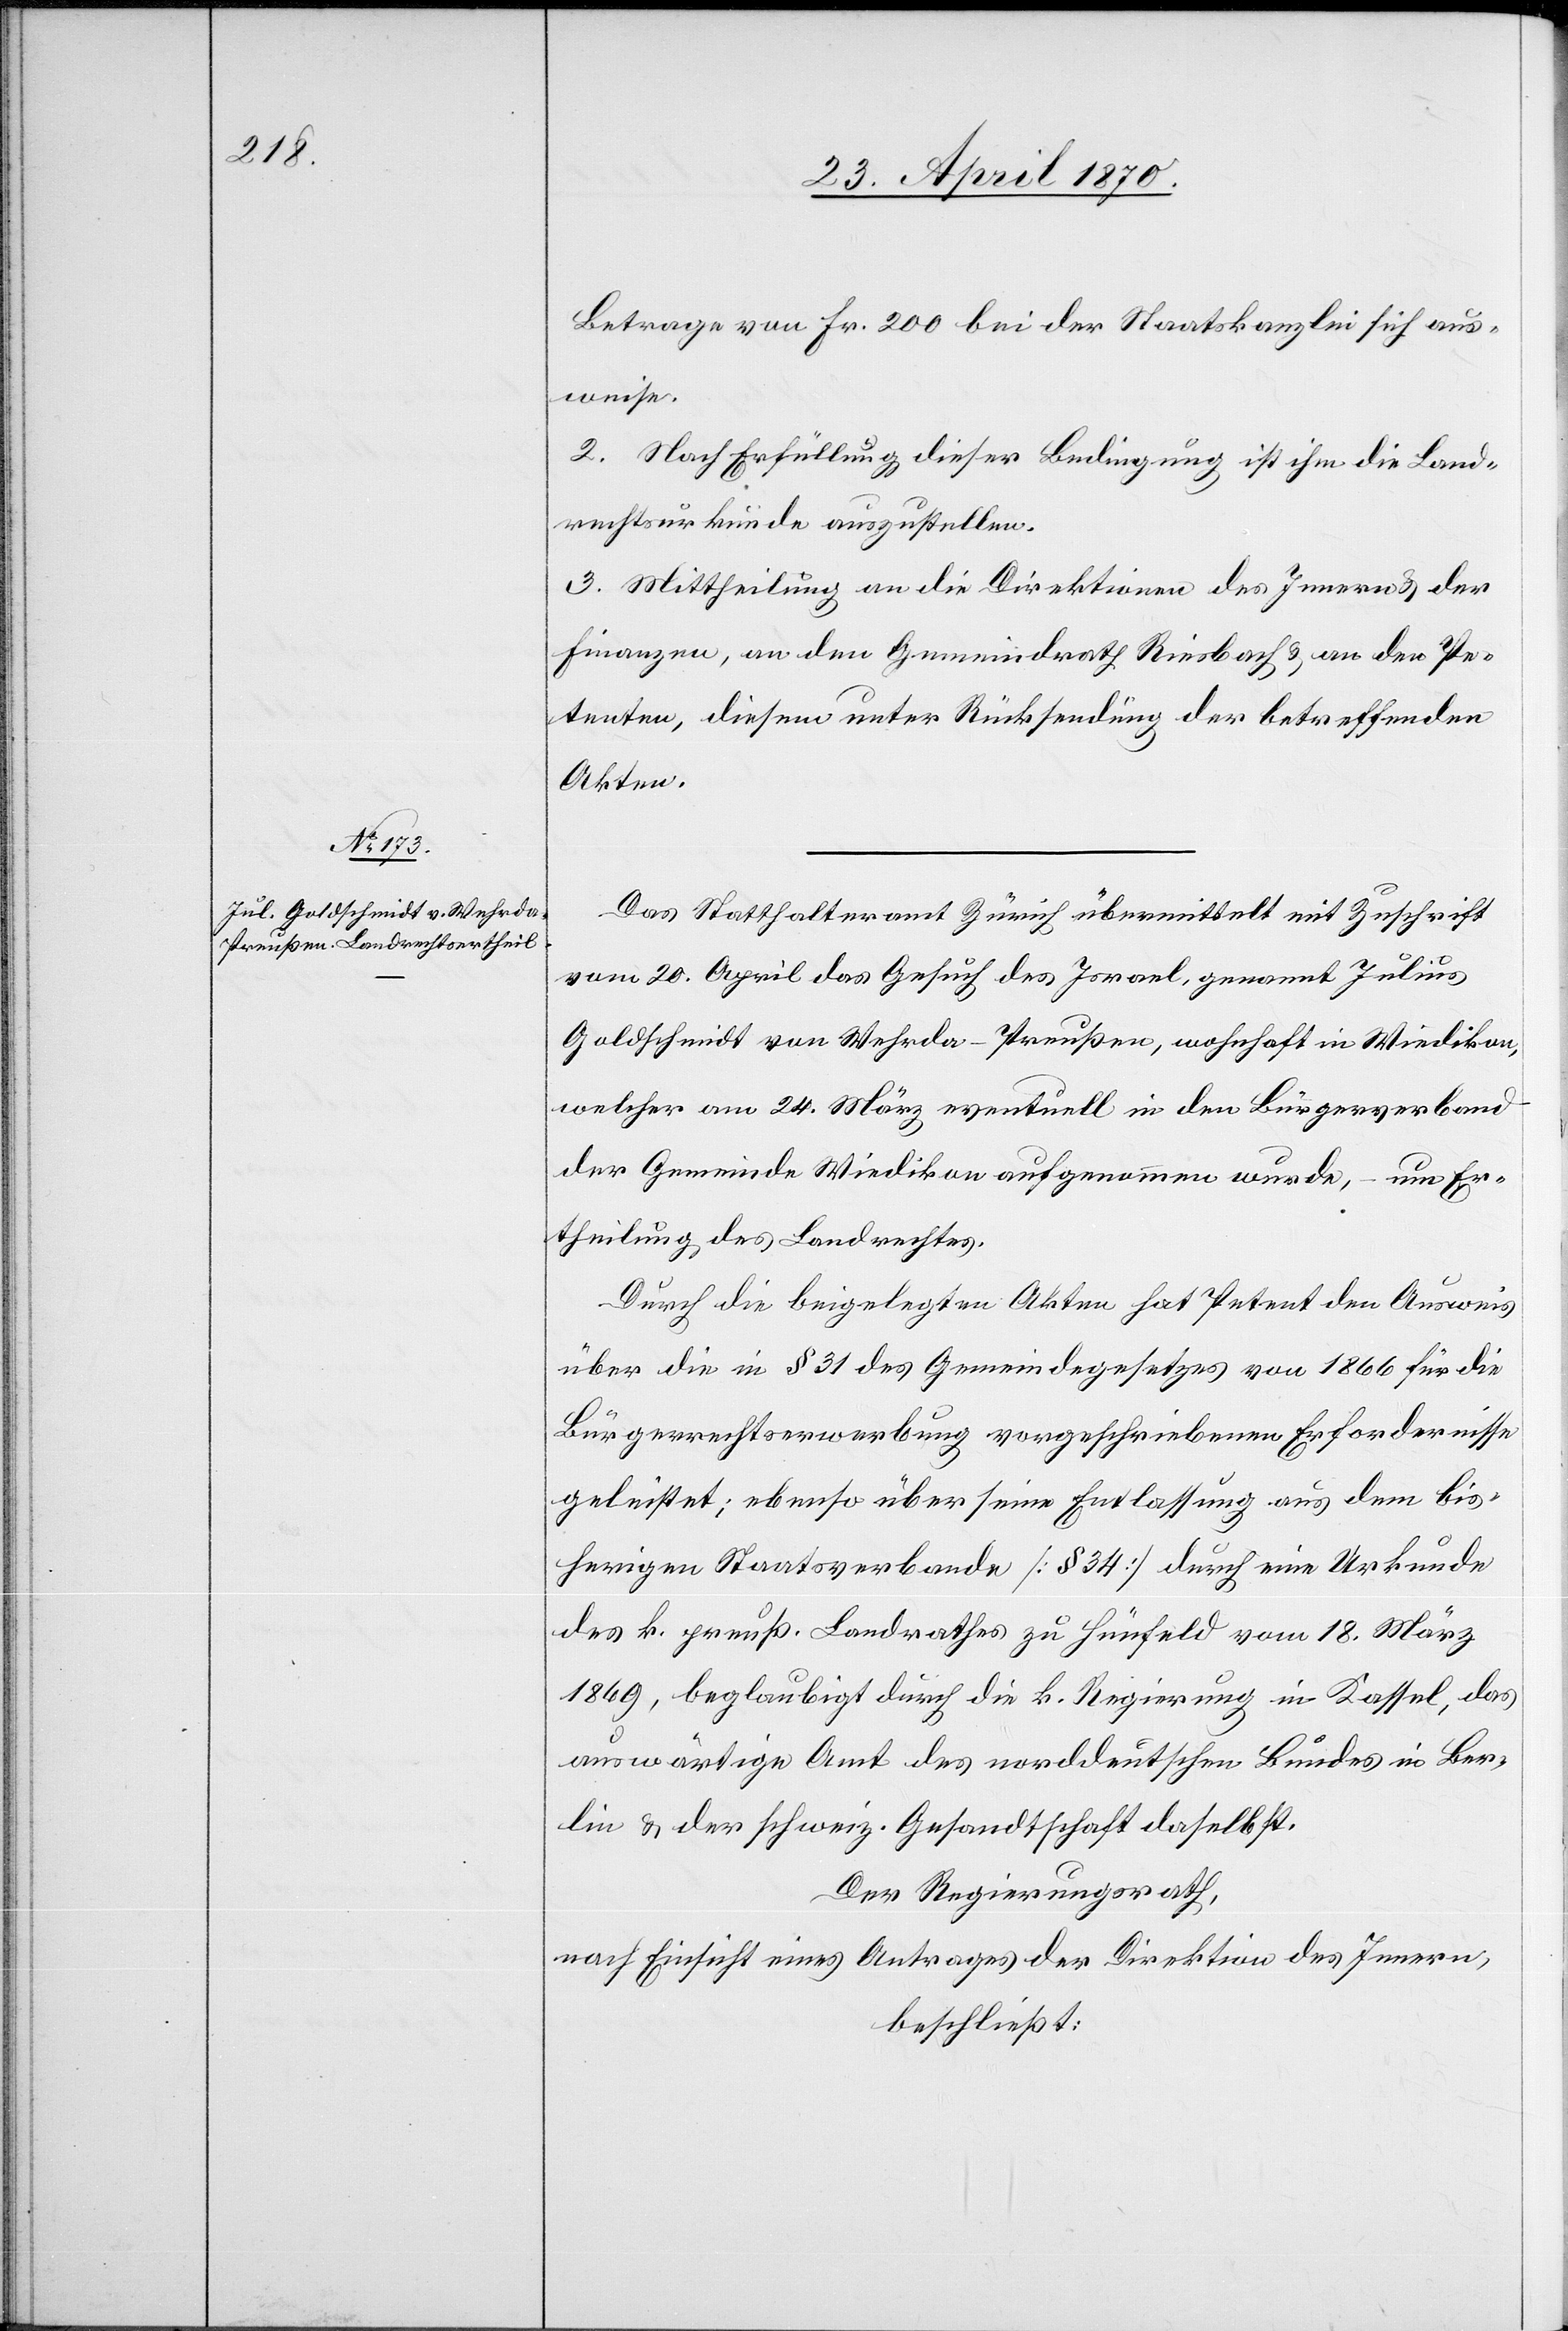
Betrage von Fr. 200 bei der Staatskanzlei sich aus¬
weise.
2. Nach Erfüllung dieser Bedingung ist ihm die Land¬
rechtsurkunde auszustellen.
3. Mittheilung an die Direktion des Innern & der
Finanzen, an den Gemeindrath Riesbach & an den Pe¬
tenten, diesem unter Rücksendung der betreffenden
Akten.
Das Statthalteramt Zürich übermittelt mit Zuschrift
vom 20. April das Gesuch des Israel, genannt Julius
Goldschmidt von Wehrda - Preußen, wohnhaft in Wiedikon,
welcher am 24. März eventuell in den Bürgerverband
der Gemeinde Wiedikon aufgenommen wurde, – um Er¬
theilung des Landrechtes.
Durch die beigelegten Akten hat Petent den Ausweis
über die in § 31 des Gemeindegesetzes von 1866 für die
Bürgerrechtserwerbung vorgeschriebenen Erfordernisse
geleistet; ebenso über seine Entlassung aus dem bis¬
herigen Staatsverbande [§ 34] durch eine Urkunde
des k. preuß. Landrathes zu Hünfeld vom 18. März
1869, beglaubigt durch die k. Regierung in Kassel, das
auswärtige Amt des norddeutschen Bundes in Ber¬
lin & der schweiz. Gesandtschaft daselbst.
Der Regierungsrath,
nach Einsicht eines Antrages der Direktion des Innern,
beschließt: